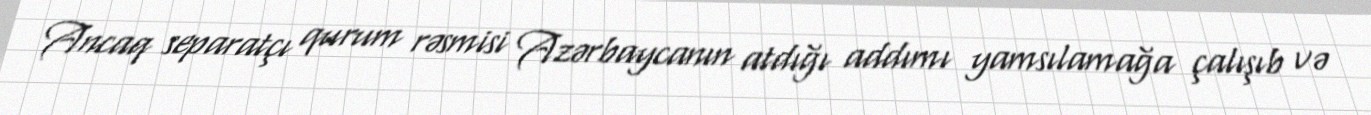
Ancaq separatçı qurum rəsmisi Azərbaycanın atdığı addımı yamsılamağa çalışıb və